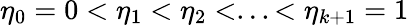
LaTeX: \eta_{0}=0<\eta_{1}<\eta_{2}<...<\eta_{k+1}=1